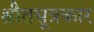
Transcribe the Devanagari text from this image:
श्रौतसूत्रकार